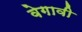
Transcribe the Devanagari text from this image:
वेगावी